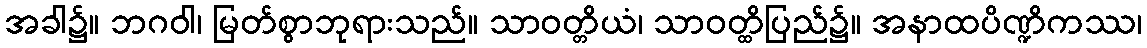
အခါ၌။ ဘဂဝါ၊ မြတ်စွာဘုရားသည်။ သာဝတ္တိယံ၊ သာဝတ္ထိပြည်၌။ အနာထပိဏ္ဍိကဿ၊